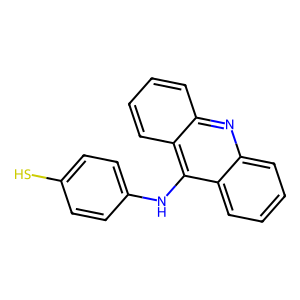
SMILES: Sc1ccc(Nc2c3ccccc3nc3ccccc23)cc1
Inhibits HIV replication: No